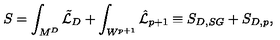
S = \int _ { M ^ { D } } \tilde { { \cal L } } _ { D } + \int _ { W ^ { p + 1 } } \hat { { \cal L } } _ { p + 1 } \equiv S _ { D , S G } + S _ { D , p } , \qquad